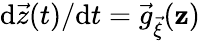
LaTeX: {\mathrm{d}\vec{z}(t)}/{\mathrm{d}t}=\vec{g}_{\vec{\xi}}(\mathbf{z})